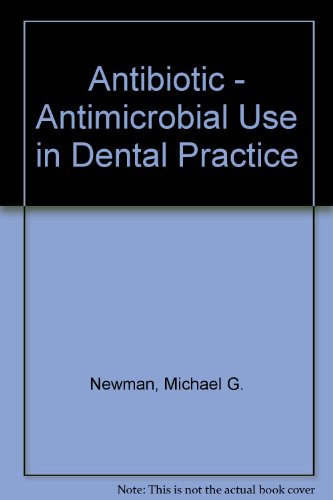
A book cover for Antibiotic - Antimicrobial Use in Dental Practice; Michael G. Newman; Medical Books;